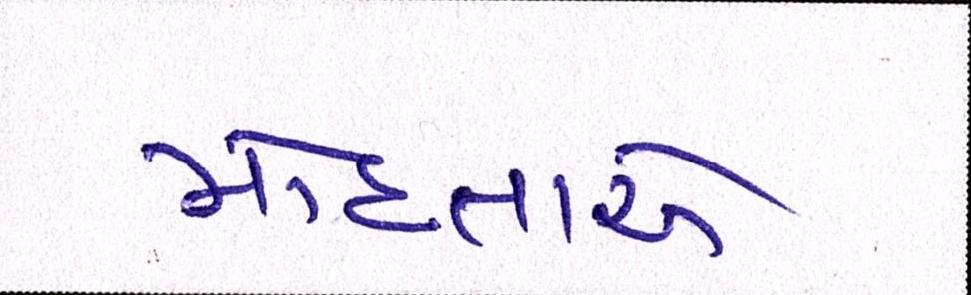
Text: મોહતાએ